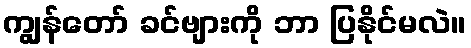
ကျွန်တော် ခင်ဗျားကို ဘာ ပြနိုင်မလဲ။